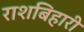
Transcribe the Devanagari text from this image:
राशबिहारी